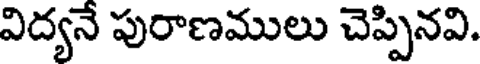
విద్యనే పురాణములు చెప్పినవి.